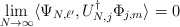
\begin{align*} \lim_{N\to \infty} \langle \Psi_{N,\ell'}, U_{N,j}^\dagger \Phi_{j,m} \rangle =0\end{align*}